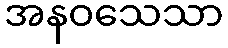
အနဝသေသာ